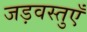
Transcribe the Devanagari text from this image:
जड़वस्तुएँ